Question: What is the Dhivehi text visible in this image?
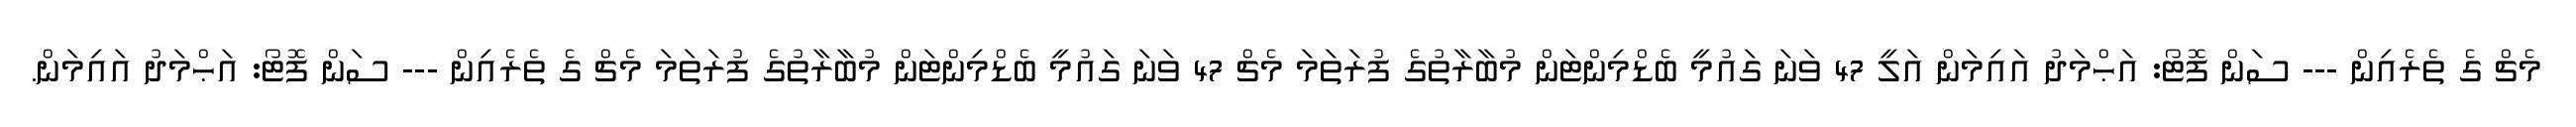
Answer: މެޗް ގެ ތެރެއިން --- ސަން ފޮޓޯ: އަޙްމަދު އައިމަން އަލީ 47 ވަނަ ގައުމީ ބެޑްމިންޓަން މުބާރާތުގެ ފުރަތަމަ މެޗް 47 ވަނަ ގައުމީ ބެޑްމިންޓަން މުބާރާތުގެ ފުރަތަމަ މެޗް ގެ ތެރެއިން --- ސަން ފޮޓޯ: އަޙްމަދު އައިމަން.